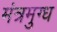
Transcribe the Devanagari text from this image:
मंत्रमुग्‍ध